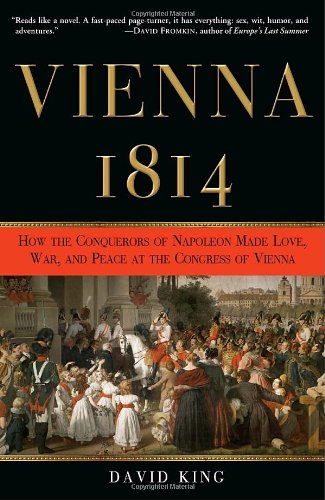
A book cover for Vienna, 1814: How the Conquerors of Napoleon Made Love, War, and Peace at the Congress of Vienna; David King; History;